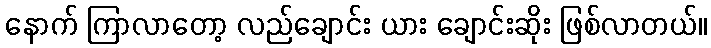
နောက် ကြာလာတော့ လည်ချောင်း ယား ချောင်းဆိုး ဖြစ်လာတယ်။